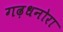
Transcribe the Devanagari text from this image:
गढ़धनोरा